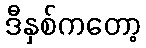
ဒီနှစ်ကတော့